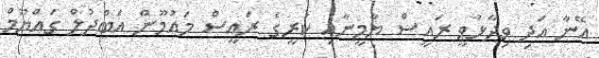
އޭނާ އަދި ވިދާޅުވީ ރައީސް ޔާމީނާއި ކުރީގެ ރައީސް މައުމޫން އަބްދުލް ގައްޔޫމް